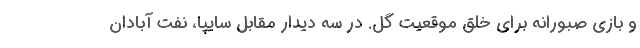
و بازی صبورانه برای خلق موقعیت گل. در سه دیدار مقابل سایپا، نفت آبادان